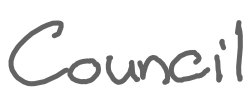
Text: Council
Cross-out: clean
Writing tool: digital_gray